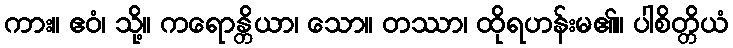
ကား။ ဧဝံ၊ သို့။ ကရောန္တိယာ၊ သော။ တဿာ၊ ထိုရဟန်းမ၏။ ပါစိတ္တိယံ